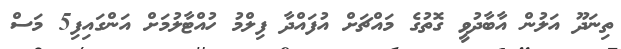
ތިނަދޫ އަލުން އާބާދުވީ ގޮތުގެ މައްޗަށް އުފައްދާ ފިލްމު ހުއްޓާލުމަށް އަންގައިފި5 މަސް